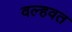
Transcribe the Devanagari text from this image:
वल्हवत